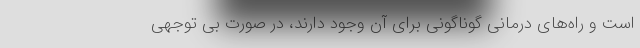
است و راه‌های درمانی گوناگونی برای آن وجود دارند، در صورت بی توجهی